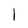
Character: l